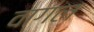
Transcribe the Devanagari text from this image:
वागल